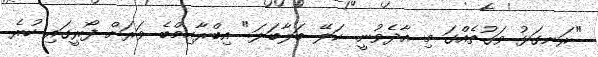
"ރަނގަޅު ވަގުތެއްގަ މި އާދެވުނީ. ކަލޭ ބަލާބަލަ." އިބްރާހިމްބެ ވަރަށް ފޯރީގައި ހުރެ